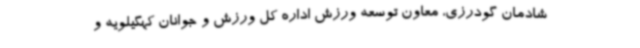
شادمان گودرزی، معاون توسعه ورزش اداره کل ورزش و جوانان کهگیلویه و